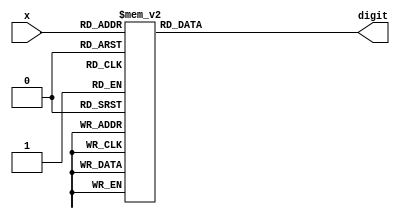
module seg_led_7(
    input wire [3:0] x,
    output reg [0:6] digit);

    always @ (*)
        begin
            case(x)
    4'd0 : digit =7'b0000001;
    4'd1 : digit =7'b1001111;
    4'd2 : digit =7'b0010010;
    4'd3 : digit =7'b0000110;
    4'd4 : digit =7'b1001100;
    4'd5 : digit =7'b0100100;
    4'd6 : digit =7'b0100000;
    4'd7 : digit =7'b0001111;
    4'd8 : digit =7'b0000000;
    4'd9 : digit =7'b0000100;
    4'd10 : digit =7'b0001000;
    4'd11 : digit =7'b1100000;
    4'd12 : digit =7'b0110001;
    4'd13 : digit =7'b1000010;
    4'd14 : digit =7'b0110000;
    4'd15 : digit =7'b0111000;
            default: digit = 7'b1111111;
            endcase
    end
endmodule